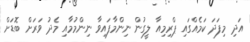
އަދި މިފަދަ ކަމެއްގައި ޕްރިމިއާ ލީގުން ނިންމާފައިވާ ނިންމުމާއި މެދު ވަރަށް ބޮޑަށް